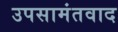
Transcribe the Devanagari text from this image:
उपसामंतवाद